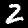
Label: 2